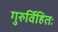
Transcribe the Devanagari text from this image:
गुरुर्विहितः